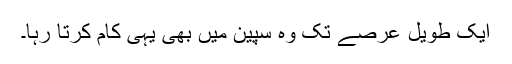
ایک طویل عرصے تک وہ سپین میں بھی یہی کام کرتا رہا۔